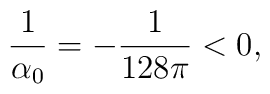
{1 \over \alpha_0} = - {1 \over 128\pi} < 0 ,